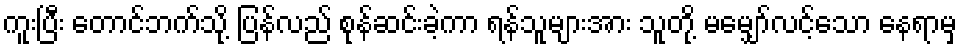
ကူးပြီး တောင်ဘက်သို့ ပြန်လည် စုန်ဆင်းခဲ့ကာ ရန်သူများအား သူတို့ မမျှော်လင့်သော နေရာမှ